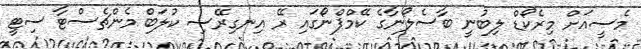
މެސީއަށް މިރެކޯޑް ލިބުނީ ބާސެލޯނާގެ ކޭމްޕްނޯގައި ރޭ އިނގިރޭސި ކުލަބް މެންޗެސްޓާ ސިޓީ